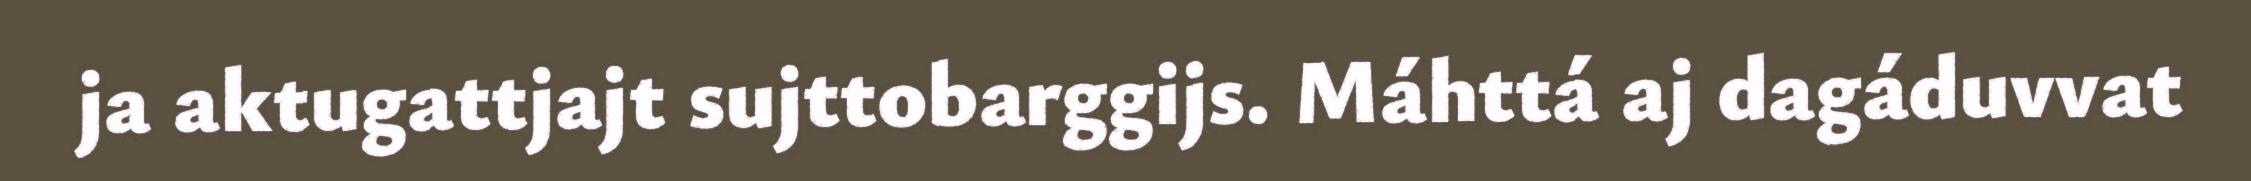
ja aktugattjajt sujttobarggijs. Máhttá aj dagáduvvat